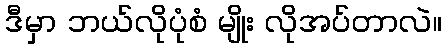
ဒီမှာ ဘယ်လိုပုံစံ မျိုး လိုအပ်တာလဲ။